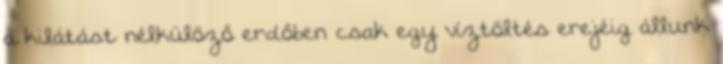
a kilátást nélkülöző erdőben csak egy víztöltés erejéig állunk